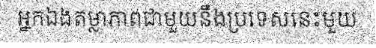
អ្នកឯងតម្លាភាពជាមួយនឹងប្រទេសនេះមួយ